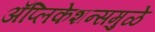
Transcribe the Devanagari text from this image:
अॅप्लिकेशन्समुळे